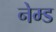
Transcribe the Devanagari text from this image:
नेम्‍ड